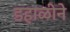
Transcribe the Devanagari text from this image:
डहाळीने